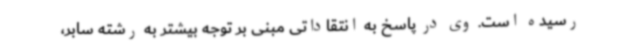
رسیده است. وی در پاسخ به انتقاداتی مبنی بر توجه بیشتر به رشته سابر،